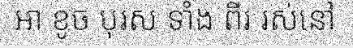
អា ខូច បុរស ទាំង ពីរ រស់នៅ